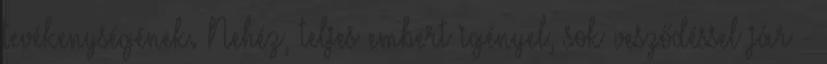
tevékenységének. Nehéz, teljes embert igényel, sok vesződéssel jár -